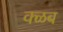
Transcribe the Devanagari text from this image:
क्ळब